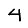
Digit: 4